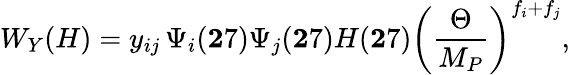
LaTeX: W_{Y}(H)=y_{ij}\, \Psi_{i}({\mathbf 27})\Psi_{j}({\mathbf 27})H({\mathbf 27})\left({\frac{\Theta}{M_{P}}}\right)^{f_{i}+f_{j}},